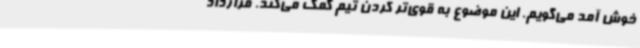
خوش آمد می‌گویم. این موضوع به قوی‌تر کردن تیم کمک می‌کند. قرارداد